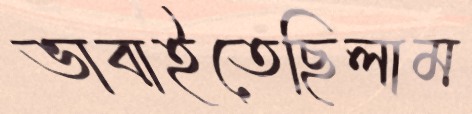
ভাবাইতেছিলাম